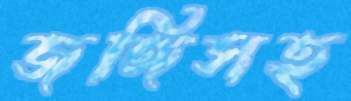
জঙ্গিসহ